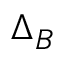
\Delta _ { B }